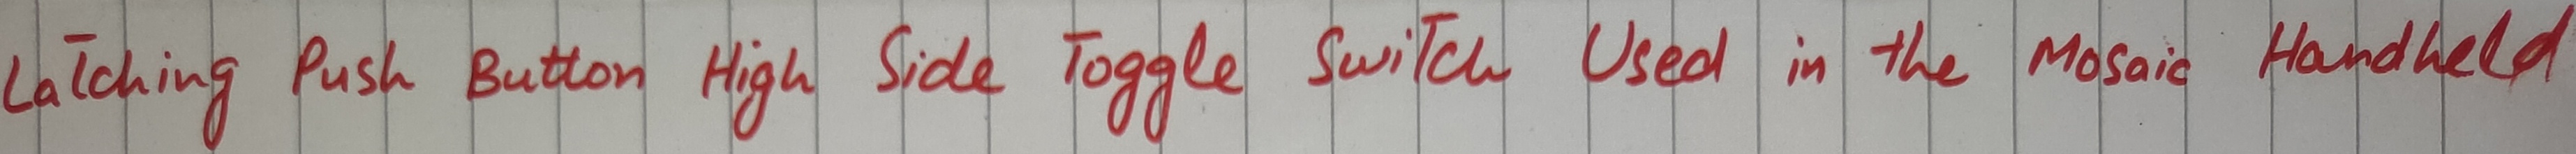
Text: Latching Push Button High Side Toggle Switch Used in the Mosaic Handheld